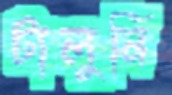
টালুনি